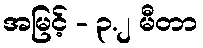
အမြင့် - ၃.၂ မီတာ